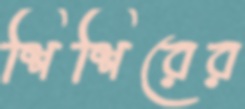
শিশিরের